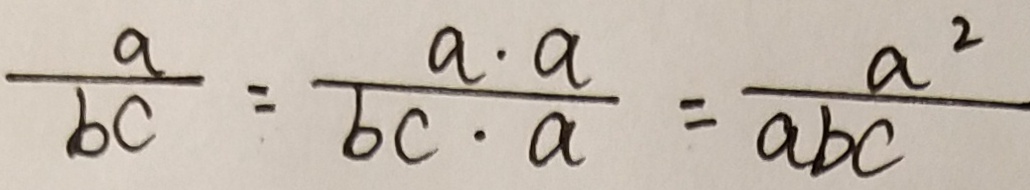
\frac { a } { b c } = \frac { a \cdot a } { b c \cdot a } = \frac { a ^ { 2 } } { a b c }